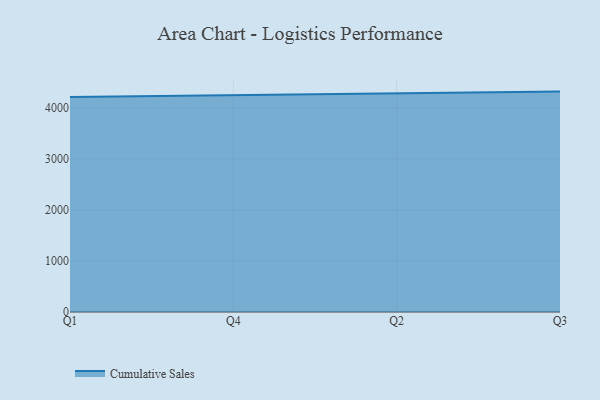
{"axis": {"x": "Quarter", "y": "Active Users"}, "legend": ["Cumulative Sales"], "data": [{"x": "Q1", "y": 4217.7, "type": "Cumulative Sales"}, {"x": "Q4", "y": 4251.6, "type": "Cumulative Sales"}, {"x": "Q2", "y": 4279.1, "type": "Cumulative Sales"}, {"x": "Q3", "y": 4322.7, "type": "Cumulative Sales"}]}